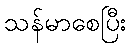
သန်မာစေပြီး